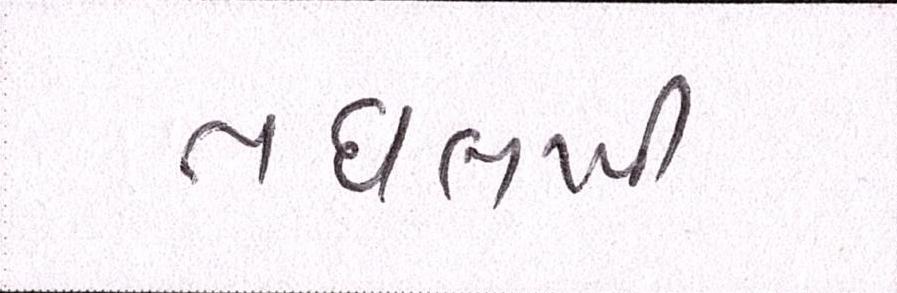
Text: તઘલખી